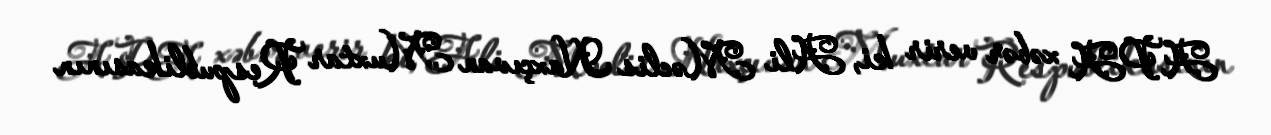
APA xəbər verir ki, Ali Məclis Naxçıvan Muxtar Respublikasının